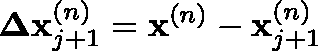
\mathbf { \Delta x } _ { j + 1 } ^ { ( n ) } = \mathbf { x } ^ { ( n ) } - \mathbf { x } _ { j + 1 } ^ { ( n ) }